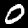
Digit: 0